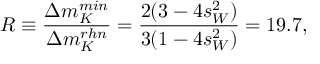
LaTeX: R \equiv \frac { \Delta m _ { K } ^ { m i n } } { \Delta m _ { K } ^ { r h n } } = \frac { 2 ( 3 - 4 s _ { W } ^ { 2 } ) } { 3 ( 1 - 4 s _ { W } ^ { 2 } ) } = 1 9 . 7 ,